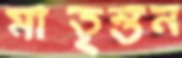
মাতৃস্তন